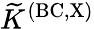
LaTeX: {\widetilde K}^{\mathrm{{(BC,X)}}}